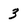
Character: 3